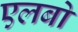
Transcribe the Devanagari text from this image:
एलबो